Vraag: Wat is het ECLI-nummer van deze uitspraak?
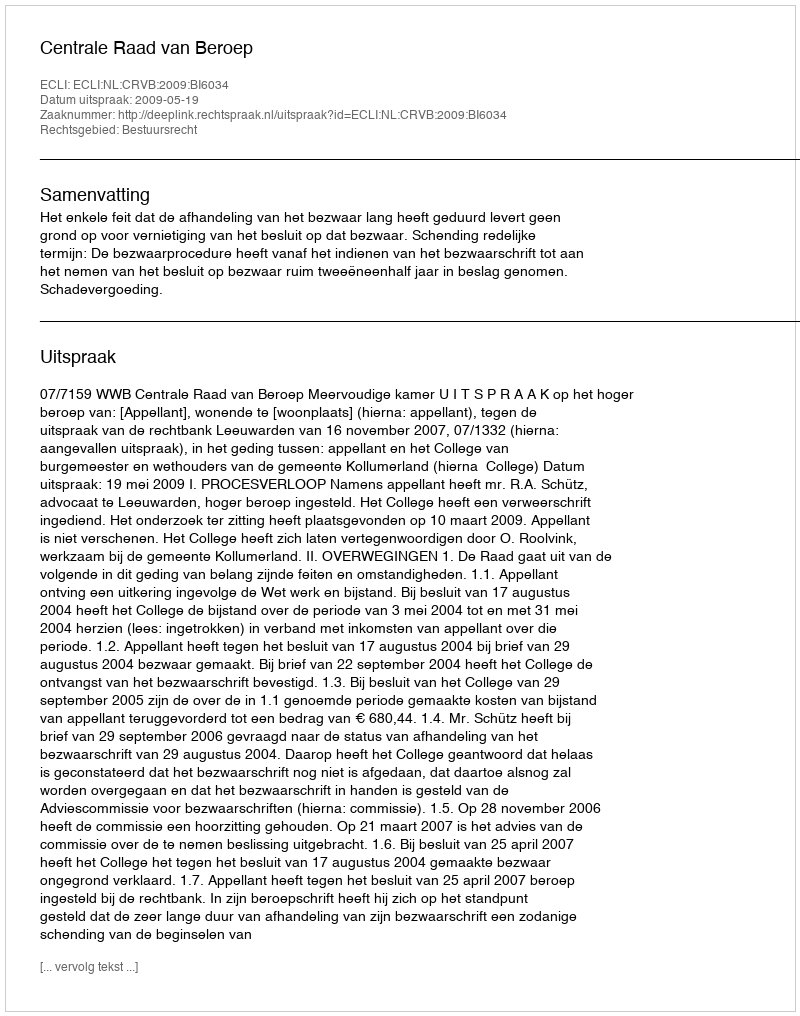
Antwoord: ECLI:NL:CRVB:2009:BI6034